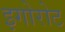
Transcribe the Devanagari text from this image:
इगोरोट